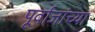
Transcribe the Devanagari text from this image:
पूर्वाजांच्या